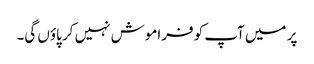
پر میں آپ کو فراموش نہیں کر پاؤں گی۔